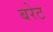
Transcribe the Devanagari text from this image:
बरेट